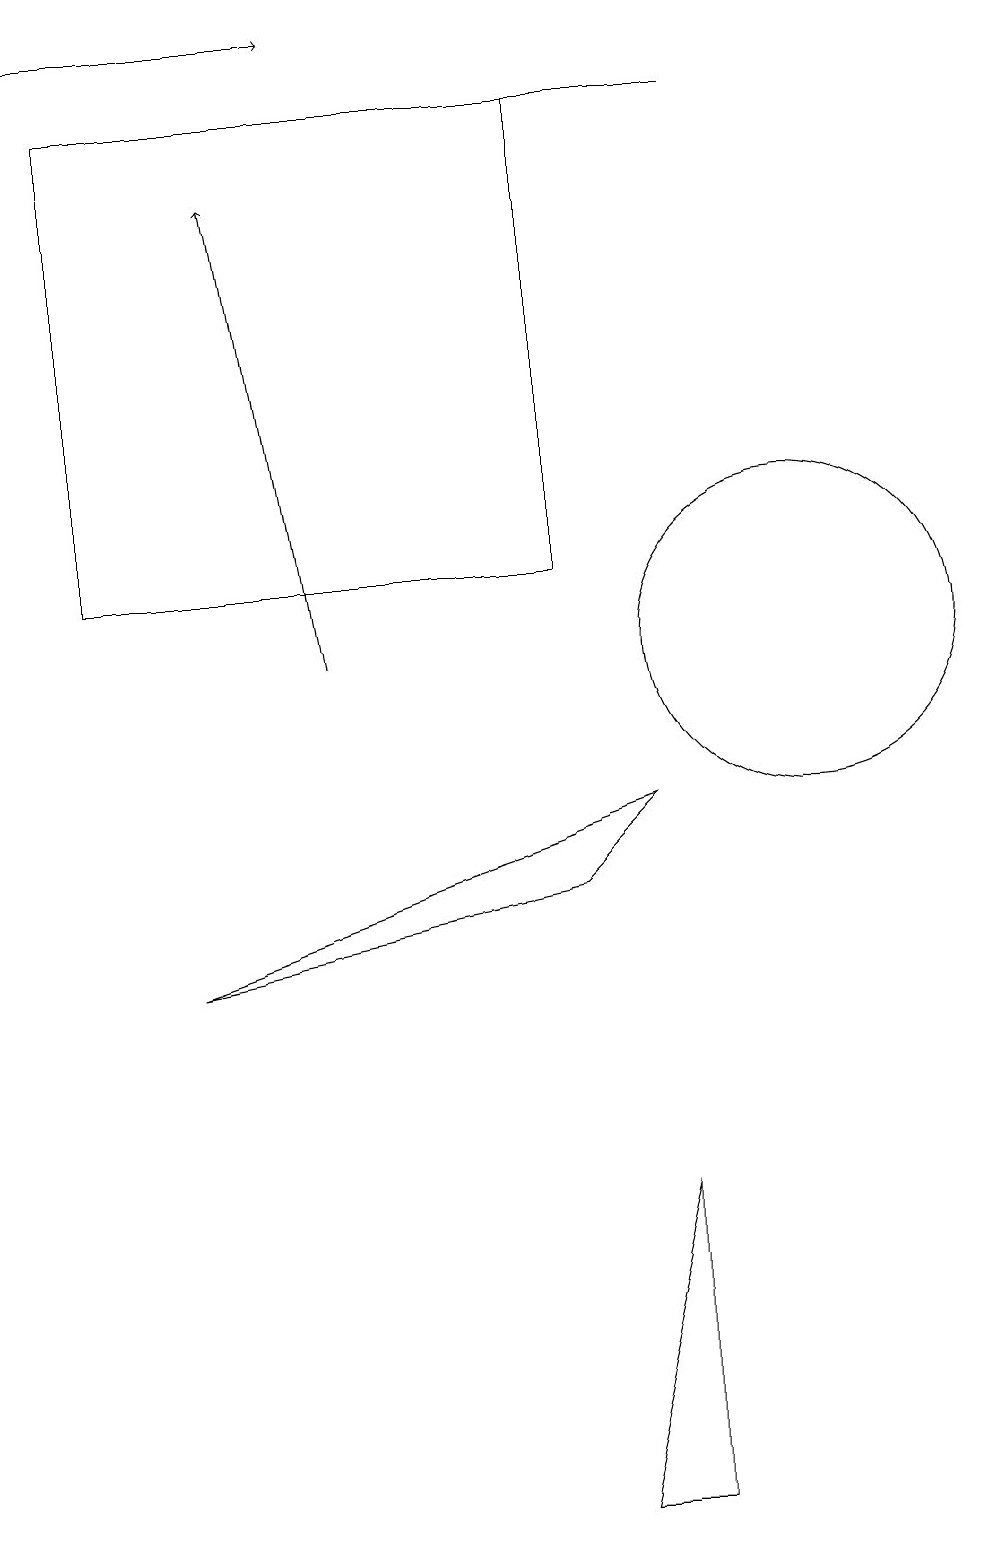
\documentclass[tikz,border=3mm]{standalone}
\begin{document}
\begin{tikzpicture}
\draw (1,18) rectangle (7,12);
\draw (10,11) circle (2);
\draw[->] (0,19) -- (4,19);
\draw (8,9) -- (7,8) -- (2,7) -- cycle;
\draw[->] (4,11) -- (3,17);
\draw (9,18) rectangle (7,18);
\draw (7,0) -- (8,4) -- (8,0) -- cycle;
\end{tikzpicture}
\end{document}